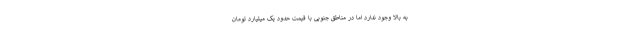
به بالا وجود ندارد اما در مناطق جنوبی با قیمت حدود یک میلیارد تومان